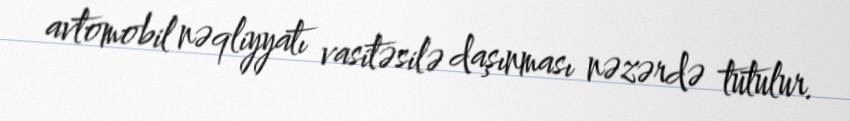
avtomobil nəqliyyatı vasitəsilə daşınması nəzərdə tutulur.